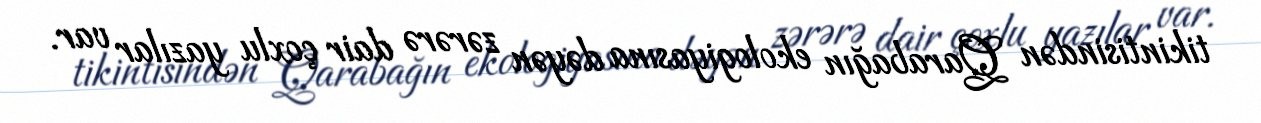
tikintisindən Qarabağın ekologiyasına dəyən zərərə dair çoxlu yazılar var.